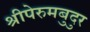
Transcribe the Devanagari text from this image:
श्रीपेरुमबुदुर